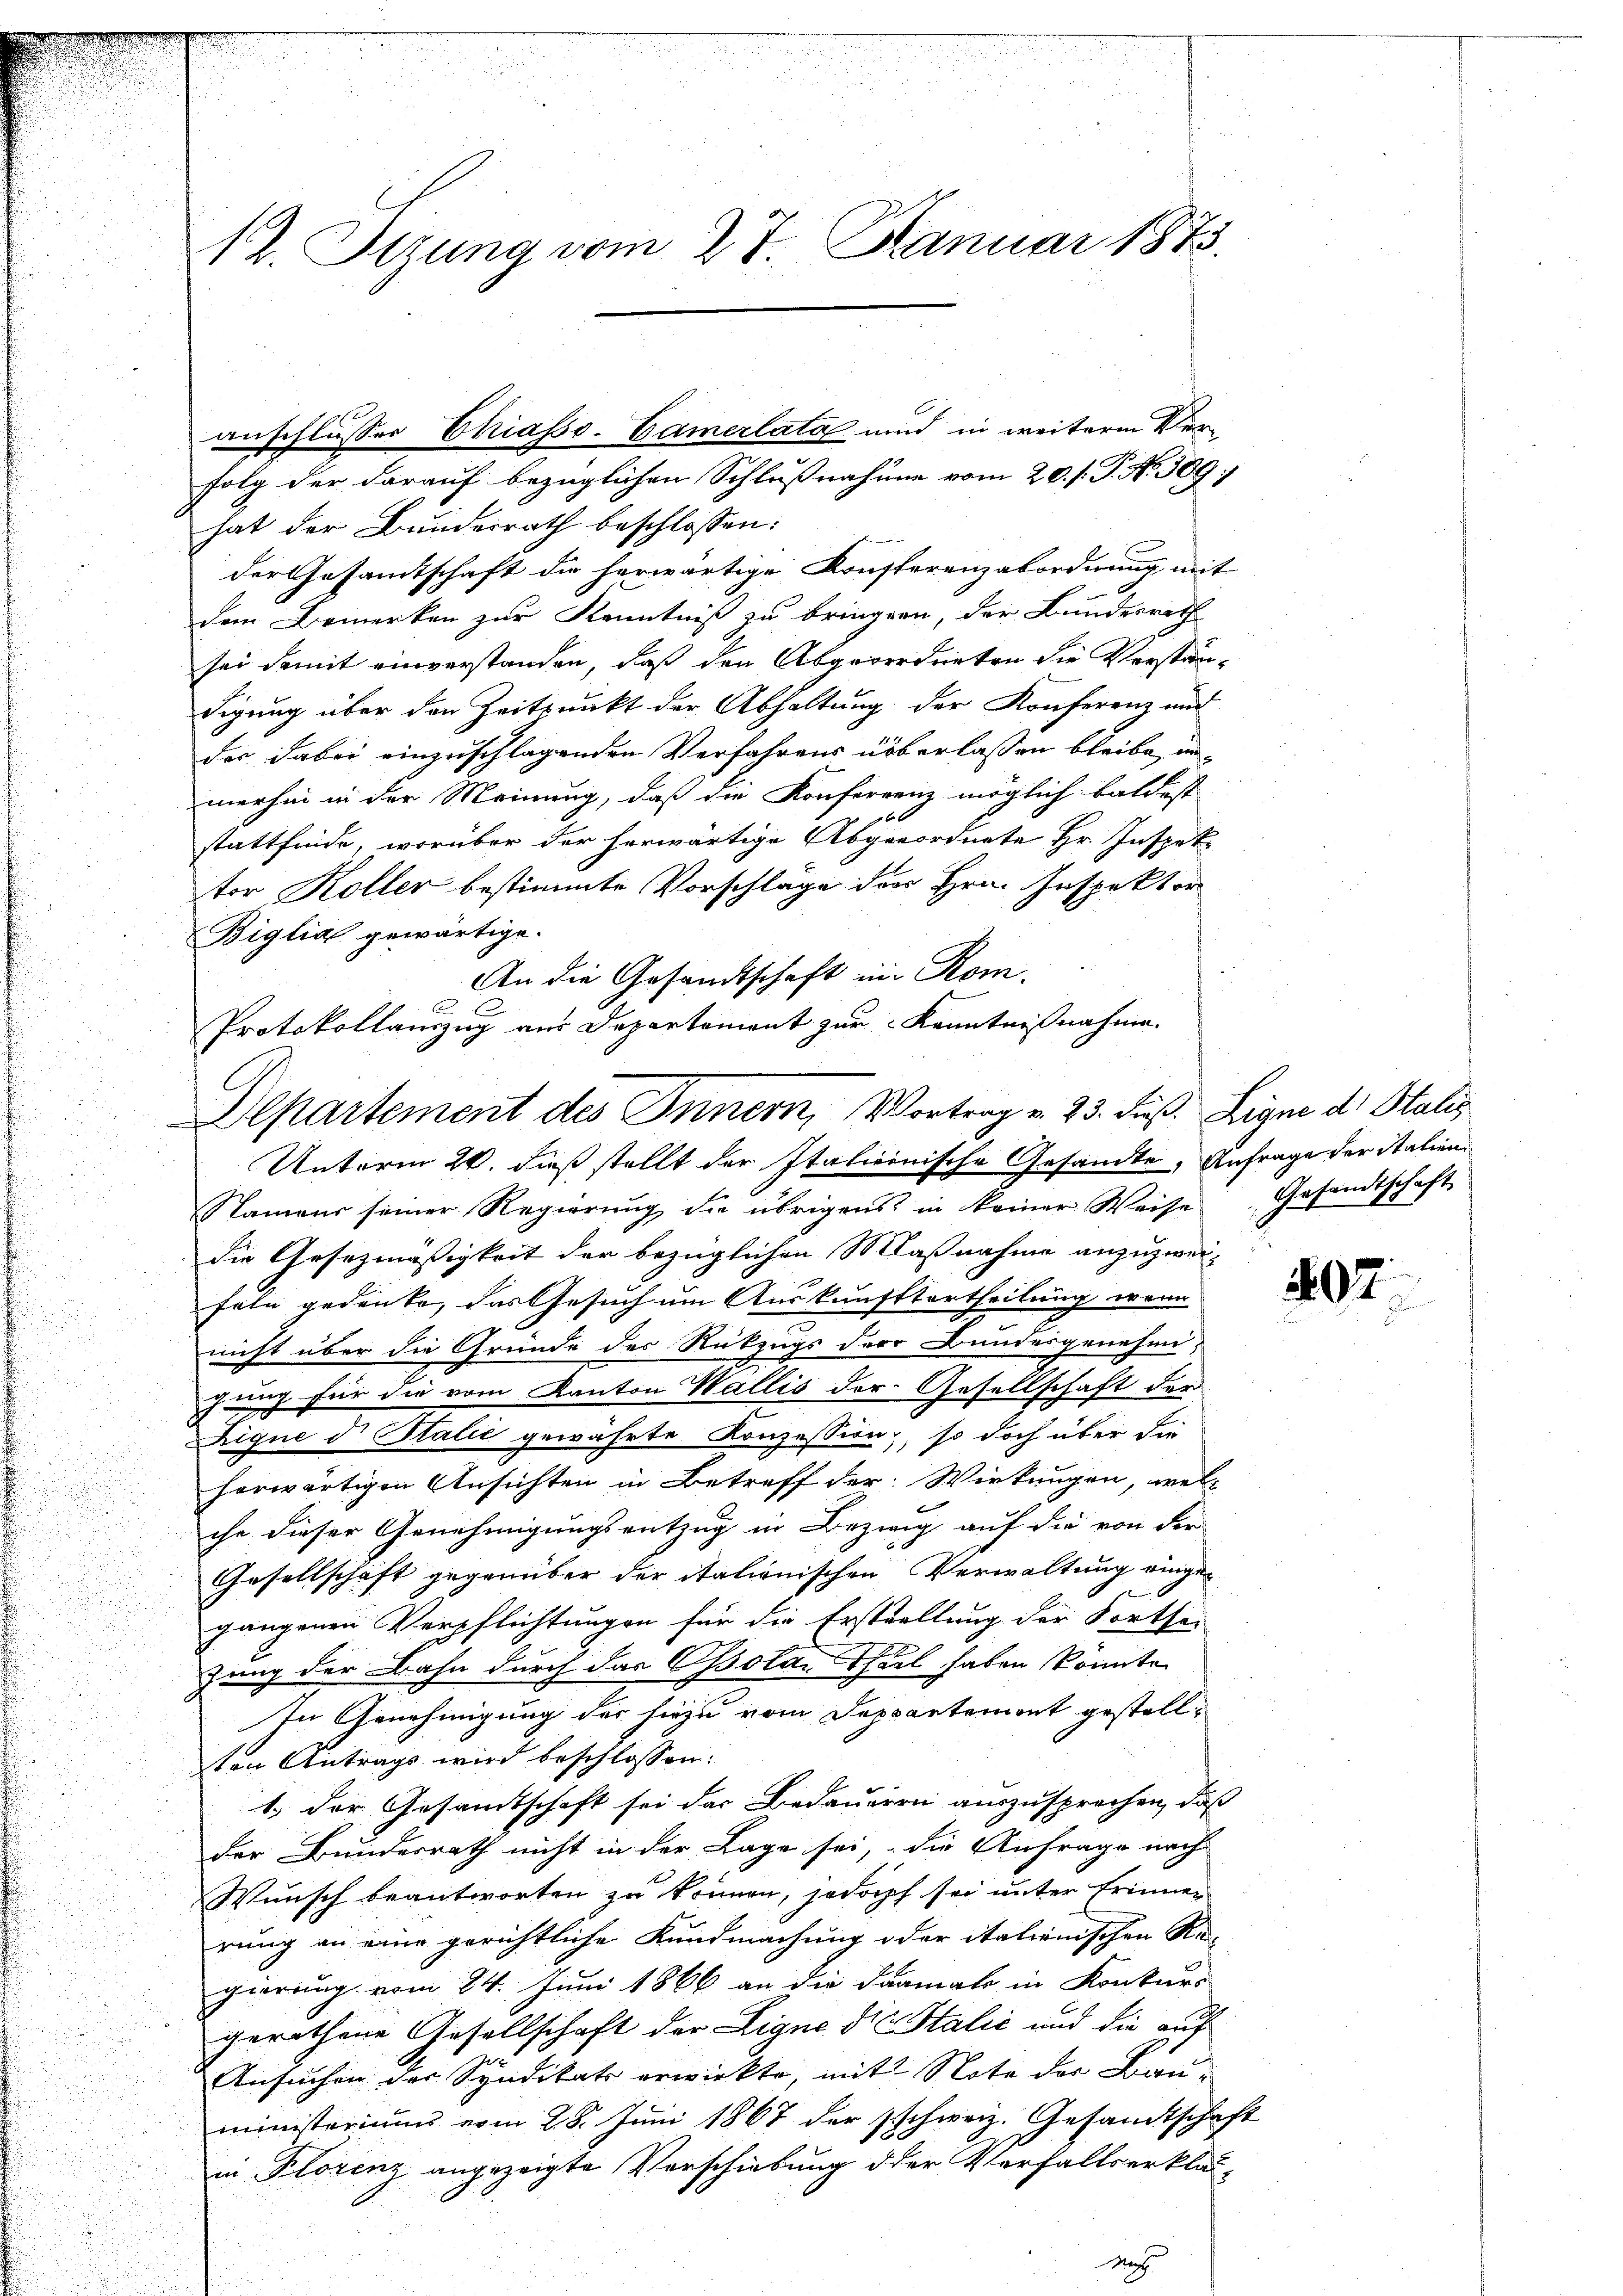
12. Stzung vom 27. Januar 1873.

Departement des Innern, Vortrag v. 23. dieß. Ligne d. Stalis
Unterm 20. dieß stellt der Italienische Gesandte, Anfrage der italien¬

anschlusser Chiasso. Camerlata und in weitere Verfolg der darauf bezüglichen Schlußnahme vom 20. s. P. N. 309
hat der Bundesrath beschlossen:
der Gesamtschaft die herwärtige Konsterenzabordnung mit
dem Bemerken zur Kenntniß zu bringern, der Bundesrech
sei damit einverstanden, daß den Abgeordneten die Verständigung über den Zeitpunkt der Abhaltung der Konferenz und
der dabei einzuschlagenden Verfahrens überlassen bleibe, unmerhin in der Meinung, daß die Konferrenz möglich baldest
stattfinde, worüber der herwärtige Abgeordnete Hr. Inspektor Koller bestimmte Vorschläge des Hrn. Inspektor
Biglia gewärtige.
An die Gesandtschaft in Kom-
Protokollauszug aus Departement zur Kenntnißnahme.

Namens seiner Regierung die übrigens in keiner Weise Gesandtschaft
u
die Gesezmäßigkeit der bezüglichen Maßnahme anzuzweifeln gedenke, das Gesuch um Auskunfttertheilung wenn
nicht über die Gründe des Rückzugs der Bundesgenehmi-
gung für die vom Kanton Wallis der Gesellschaft der
Eigne d. Stalić gewährte Konzession, so doch über die
herwärtigen Ansichten in Betreff der Wirkungen, wel-
che dieser Genehmigungsentzug in Bezwig auf die von der
Gesellschaft gegenüber der italienischen Verwaltung eingegangenen Verpflichtungen für die Erstellung der Fortsei
.
zung der Bahn durch das solantel haben könnte.
In Genehmigung der hiezu vom Deppartement gestellten Antrags wird beschlossen:
1.) Der Gesandtschaft sei das Bedaueren auszusprechen, daß
der Bundesrath nicht in der Lage sei, die Anfrage nach
Wunsch beantworten zu können, jedoch sei unter Erinner
rung an eine gerichtliche Kundmachung oder italienischen Re-
gierung vom 24. Juni 1866 an die Damals in Konkur-
gerathene Gesellschaft der Eigne die Stalić und die auch
Ansuchen der Syndikats erwirkte, mit Note der Bau-
ministeriums vom 28. Juni 1867 der schweiz. Gesandtschaft
in Florenz angezeigte Verschiebung der Verfalls erklär-
Nach

207.